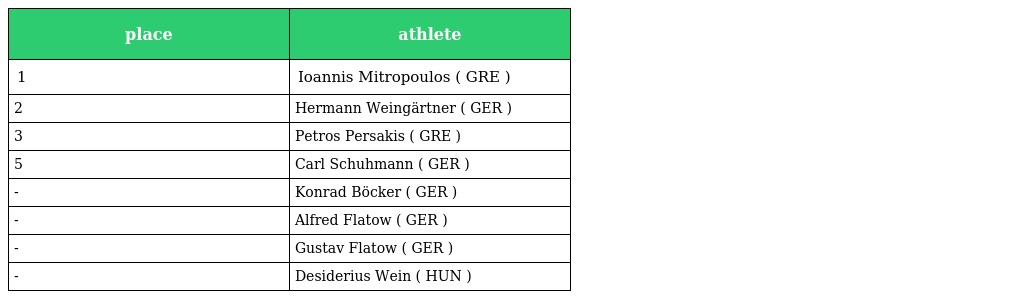
| place | athlete |
 | --- | --- |
 | 1 | Ioannis Mitropoulos ( GRE ) |
 | 2 | Hermann Weingärtner ( GER ) |
 | 3 | Petros Persakis ( GRE ) |
 | 5 | Carl Schuhmann ( GER ) |
 | - | Konrad Böcker ( GER ) |
 | - | Alfred Flatow ( GER ) |
 | - | Gustav Flatow ( GER ) |
 | - | Desiderius Wein ( HUN ) |